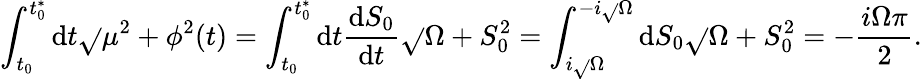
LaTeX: \int_{t_{0}}^{t_{0}^{*}}\mathrm{d}t\sqrt{}{{\mu^{2}+\phi^{2}(t)}}=\int_{t_{0}}^{t_{0}^{*}}\mathrm{d}t{\frac{{\mathrm{d}S_{0}}}{{\mathrm{d}t}}}\sqrt{}{{\Omega+S_{0}^{2}}}=\int_{i\sqrt{}{{\Omega}}}^{-i\sqrt{}{{\Omega}}}\mathrm{d}S_{0}\sqrt{}{{\Omega+S_{0}^{2}}}=-{\frac{{i\Omega\pi}}{{2}}}.